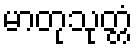
မာတုသုတ္တံ